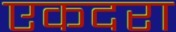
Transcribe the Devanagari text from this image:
एकदरा